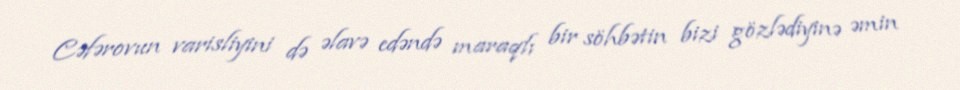
Cəfərovun varisliyini də əlavə edəndə maraqlı bir söhbətin bizi gözlədiyinə əmin